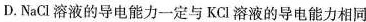
D. NaCl 溶液的导电能力一定与 KCl 溶液的导电能力相同